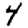
Digit: 4